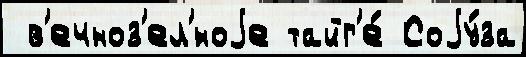
 в'ечноз'ел'́ноjе тайг'е́ Соjу́за